Indian Medical Review
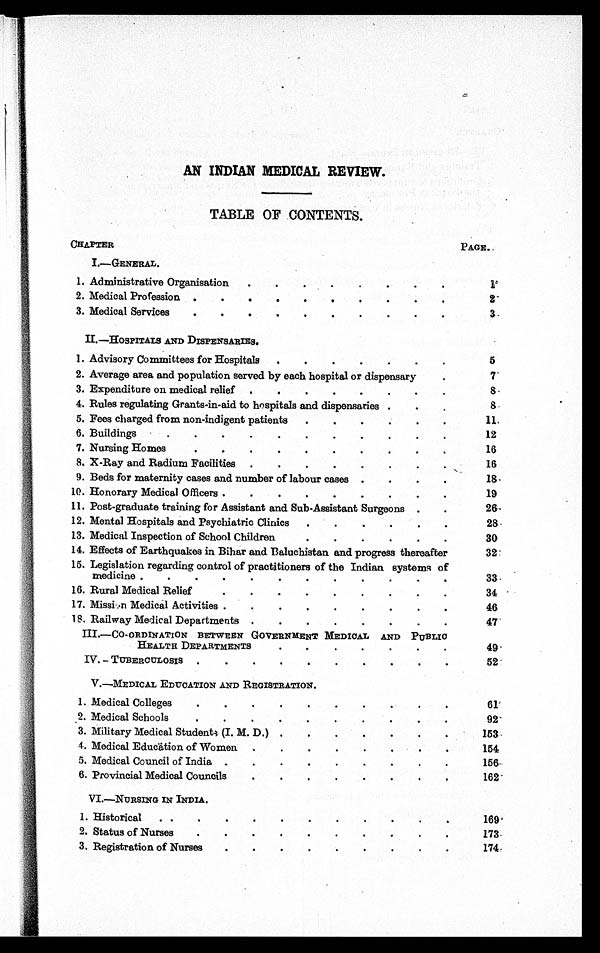
AN INDIAN MEDICAL REVIEW.
TABLE OF CONTENTS.
PAGE.
I.- GENERAL.
1. Administrative Organisation.
1
2. Medical Profession
2
3. Medical Services
3
II.- HOSPITALS AND DISPENSARIES.
1. Advisory Committees for Hospitals
5
2. Average area and population served by each hospital or dispensary
7
3. Expenditure on medical relief
8
4. Rules regulating Grants-in-aid to hospitals and dispensaries
8
5. Fees charged from non-indigent patients
11
6. Buildings
1 2
7. Nursing Homes
1 6
8. X-Ray and Radium Facilities
1 6
9. Beds for maternity cases and number of labour cases
18
10. Honorary Medical Officers
19
11. Post-graduate training for Assistant and Sub-Assistant Surgeons
26
12. Mental Hospitals and Psychiatric Clinics
2 8
13. Medical Inspection of School Children
3 0
14. Effects of Earthquakes in Bihar and Baluchistan and progress thereafter
32
15.
16. Rural Medical Relief
34
17. Mission Medical Activities
46
18. Railway Medical Departments
47
III.- CO-ORDINATION BETWEEN GOVERNMENT MEDICAL AND PUBLIC
HEALTH DEPARTMENTS
49
IV. - TUBERCULOSIS
52
V.-MEDICAL EDUCATION AND REGISTRATION.
1. Medical Colleges
61
2. Medical Schools
92
3. Military Medical Students (I. M. D.)
153
4. Medical Education of Women
154
5. Medical Council of India
156
6. Provincial Medical Councils
162
VI.- NURSING IN INDIA.
1. Historical
169
2. Status of Nurses
173
3. Registration of Nurses
174